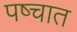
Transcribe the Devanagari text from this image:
पष्चात